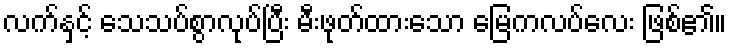
လက်နှင့် သေသပ်စွာလုပ်ပြီး မီးဖုတ်ထားသော မြေကလပ်လေး ဖြစ်၏။